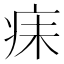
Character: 𪽬